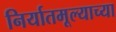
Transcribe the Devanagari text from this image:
निर्यातमूल्याच्या